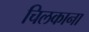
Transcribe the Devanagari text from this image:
चिलकाना